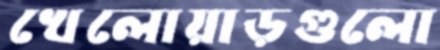
খেলোয়াড়গুলো